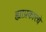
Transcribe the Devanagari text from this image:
ह्याप्रकारचे